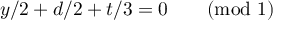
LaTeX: y / 2 + d / 2 + t / 3 = 0 \qquad ( \mathrm { m o d } \ 1 )